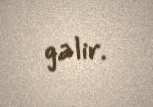
gəlir.